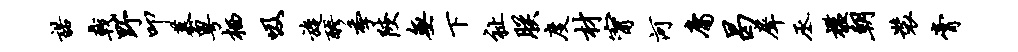
诺戟野叩慕粤栖吸旋醪季陕无下祉朕度材甯河庸曷犀丞槛朝装膏